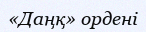
«Даңқ» ордені